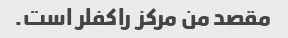
مقصد من مرکز راکفلر است.